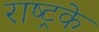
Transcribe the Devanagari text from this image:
राष्ट्रके